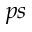
p s